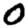
Digit: 0